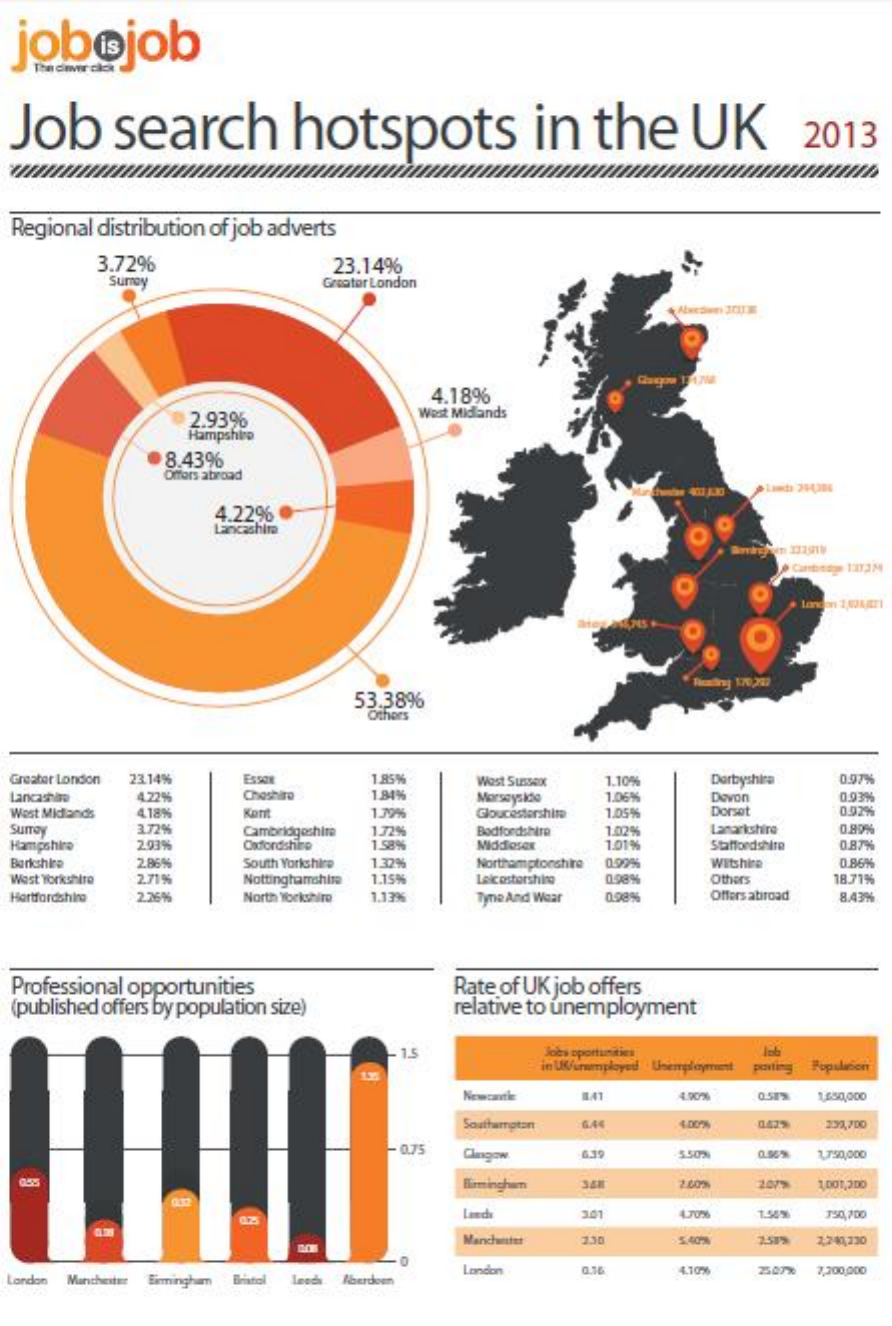
job@job
  Job    search    hotspots    in   the    UK    2013
  Regional distribution of job adverts
     3.72%    23.14%
     Suray    Greater London
     4.18%
     2.93%    West Midlands
     Hampshire
     8.43%
     Offers abroad
     4.22%
     Lancashire
     London 18
     53.38%
     Others
  Greater London 23.14% ESSOR  1.85%    West Sussex 1.10%  Derbyshire 0.97%
  Lancashire 4.22%  Chashire   1.84%    Morsaysidde 1.06%  Devon    0.93%
  West Midlands 4.18% Kont    1.79%    Gloucestershire 1.05% Dorset 0.92%
  Surrey    3.72%   Cambridgeshire 1.72% Bedfordshire    Lamarkshire
  Hampshire    Codfordshire 1.58%  Middoser
     1.02%    0.89%
     2.93%    1.01%    Staffordshire 0.87%
  Berkshire 2.85%   South Yorkshire 1.32% Northamptonshire 0.99% Witshire 0.86%
  West Yorkshire 2.71% Nottinghamshire 1.15% Laicostorshing 0.98% Others 18.71%
  Hertfordshire 2.26% North Yorkshire 1.139% Tyne And Waar 0.98% Offers abroad 8.43%
  Professional opportunities
  (published offers by population size)
     Rate of UK job offers
     relative to unemployment
     Jobs oportunities
     in UM/uruemployed . Unemployment Population
     Newcanthe    0513 1,650,000
     Southampton    0429 237,700
     0.75 Clingow  6.39    5.50%    1,750,000
     Birmingham    2.00%  207% 1,001,200
     Læedx    3.01    4.706  1.58% 350,200
     Manchanter    5.40%  2.51% 2,241,230
  London Manchester Birmingham Briatol Ined Aberdeen
     London    0.16    4.10%  2507% 7,200,000